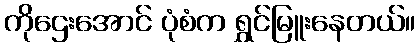
ကိုဌေးအောင် ပုံစံက ရွှင်မြူးနေတယ်။